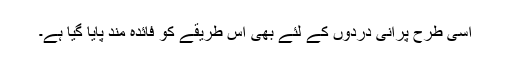
اسی طرح پرانی دردوں کے لئے بھی اس طریقے کو فائدہ مند پایا گیا ہے۔